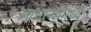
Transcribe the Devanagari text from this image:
गाभाऱ्यामध्ये